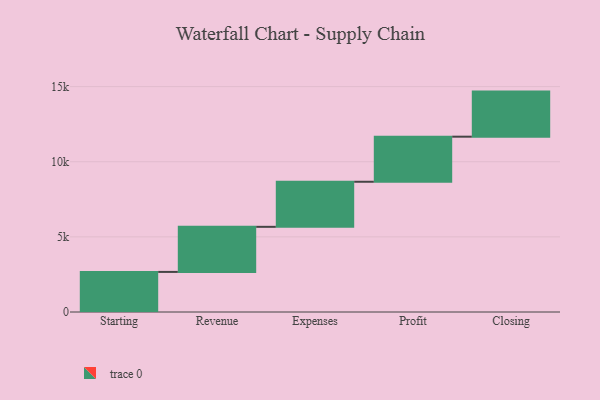
{"axis": {"x": "Step", "y": "Value"}, "legend": [""], "data": [{"x": "Starting", "y": 2668.0, "type": ""}, {"x": "Revenue", "y": 3000, "type": ""}, {"x": "Expenses", "y": 3000, "type": ""}, {"x": "Profit", "y": 3000, "type": ""}, {"x": "Closing", "y": 3000, "type": ""}]}